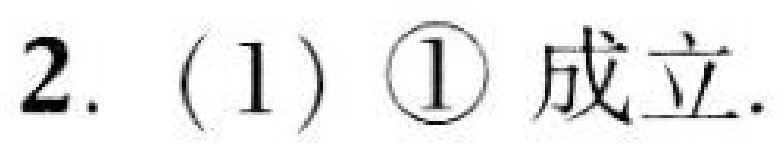
2. (1) \textcircled{1} 成立.